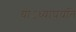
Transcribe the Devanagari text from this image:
योऽध्यापयति